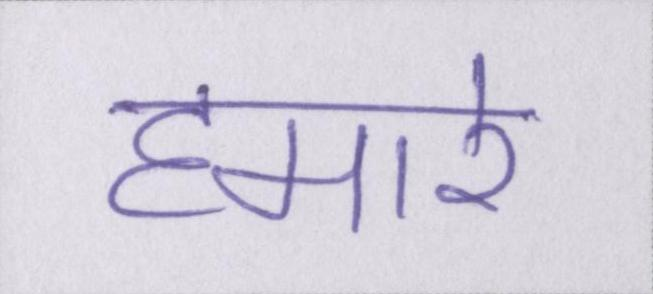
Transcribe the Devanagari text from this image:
हमारे